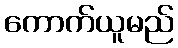
ကောက်ယူမည်